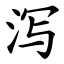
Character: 泻